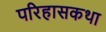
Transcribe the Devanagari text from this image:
परिहासकथा